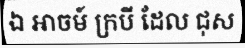
ឯ អាចម៍ ក្របី ដែល ជុស